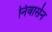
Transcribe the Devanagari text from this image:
निवार्सन